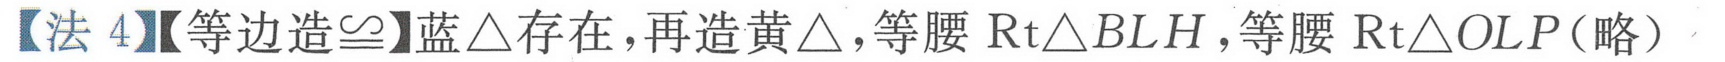
【法4】【等边造\(\cong\)】蓝\(\triangle\)存在，再造黄\(\triangle\)，等腰\(\text{Rt}\triangle BLH\)，等腰\(\text{Rt}\triangle OLP\)（略）